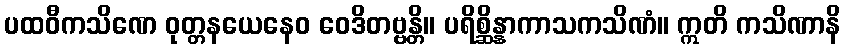
ပထဝီကသိဏေ ဝုတ္တနယေနေဝ ဝေဒိတဗ္ဗန္တိ။ ပရိစ္ဆိန္နာကာသကသိဏံ။ ဣတိ ကသိဏာနိ